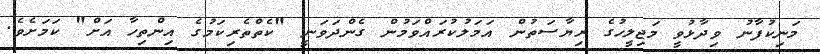
މަނިކުފާނު ވިދާޅުވީ މަޖިލީހުގެ ރިޔާސަތުން އަމަލުކުރައްވަމުން ގެންދަަވަނީ "ކެތްތެރިކަމުގެ އިންތިހާ އަށް" ކަމަށެވެ.